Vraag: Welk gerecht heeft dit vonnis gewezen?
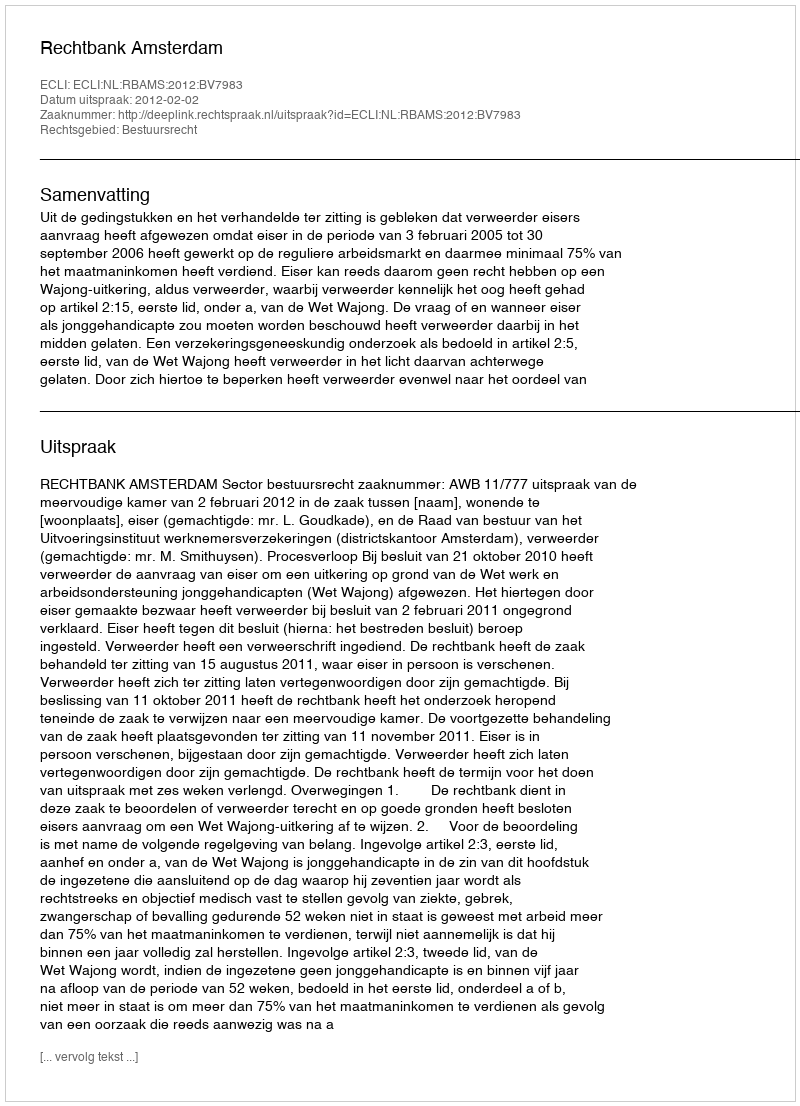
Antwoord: Rechtbank Amsterdam